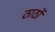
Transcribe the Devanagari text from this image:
ठाठों